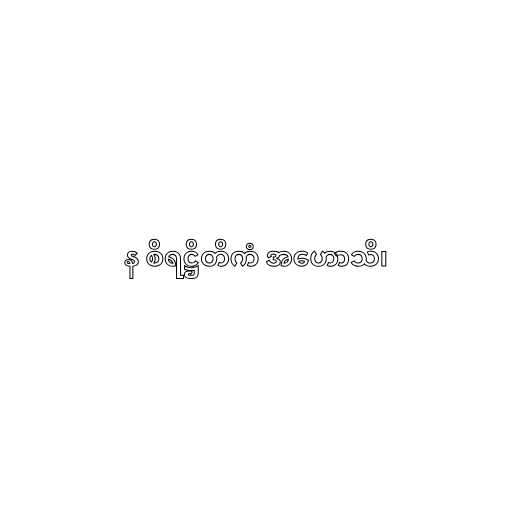
န စိရဋ္ဌိတိကံ အဟောသိ၊